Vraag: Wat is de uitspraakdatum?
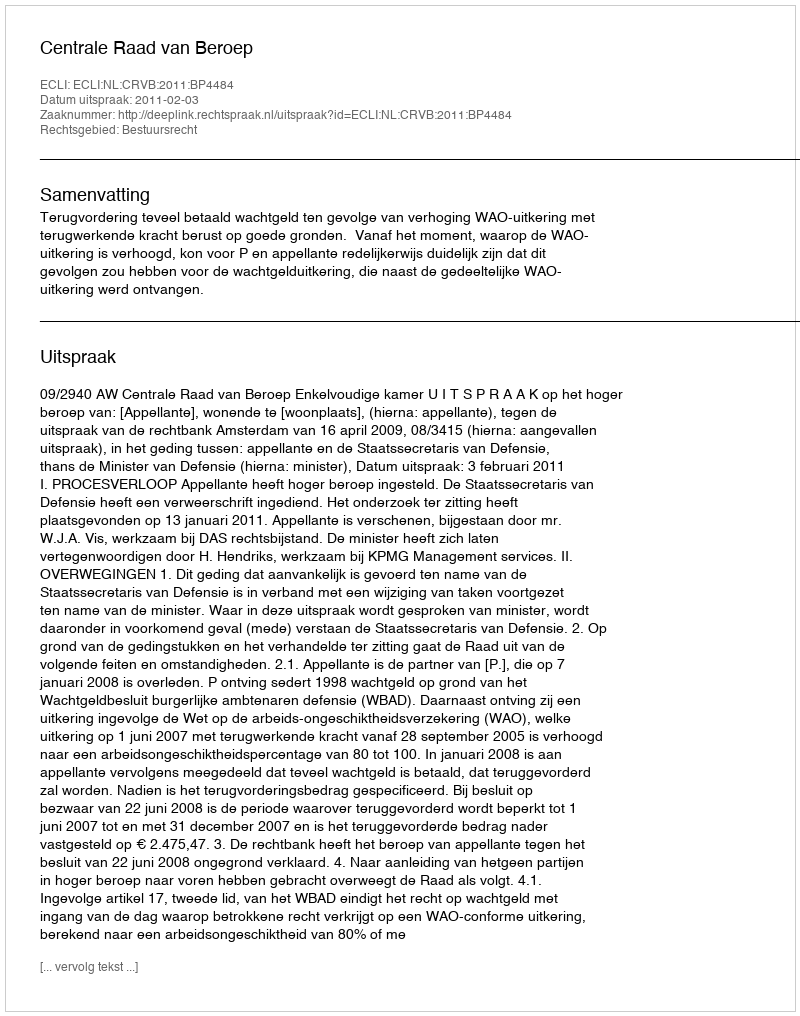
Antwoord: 2011-02-03